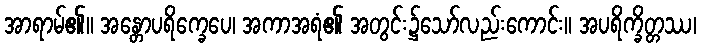
အာရာမ်၏။ အန္တောပရိက္ခေပေ၊ အကာအရံ၏ အတွင်း၌သော်လည်းကောင်း။ အပရိက္ခိတ္တဿ၊